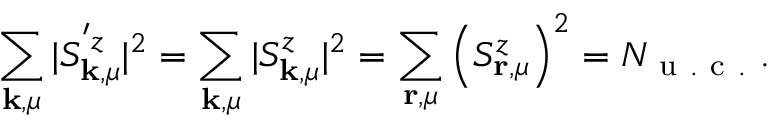
\sum _ { \mathbf { k } , \mu } | S _ { \mathbf { k } , \mu } ^ { ' z } | ^ { 2 } = \sum _ { \mathbf { k } , \mu } | S _ { \mathbf { k } , \mu } ^ { z } | ^ { 2 } = \sum _ { \mathbf { r } , \mu } \left( S _ { \mathbf { r } , \mu } ^ { z } \right) ^ { 2 } = N _ { \mathrm { ~ u ~ . ~ c ~ . ~ } } .